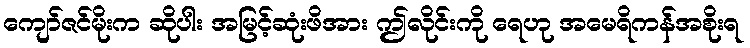
ကျော်ဇင်မိုးက ဆိုပါး အမြင့်ဆုံးဖိအား ဤလိုင်းကို ရေဟု အမေရိကန်အစိုးရ